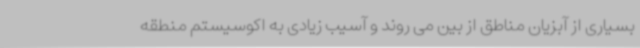
بسیاری از آبزیان مناطق از بین می روند و آسیب زیادی به اکوسیستم منطقه